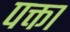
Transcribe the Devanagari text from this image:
पक्ता